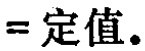
$=$定值。